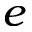
e